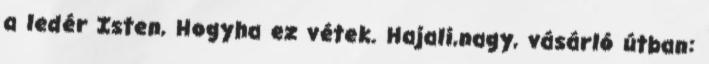
a ledér Isten, Hogyha ez vétek. Hajali,nagy, vásárló útban: